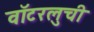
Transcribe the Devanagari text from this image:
वॉटरलुची